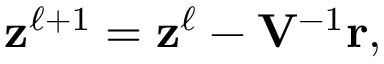
\begin{array} { r } { { \bf z } ^ { \ell + 1 } = { \bf z } ^ { \ell } - { \bf V } ^ { - 1 } { \bf r } , } \end{array}